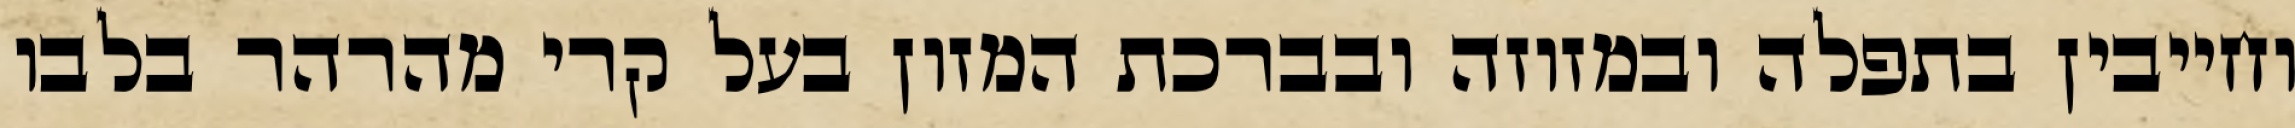
וחייבין בתפלה ובמזוזה ובברכת המזון בעל קרי מהרהר בלבו